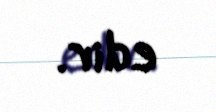
edir.